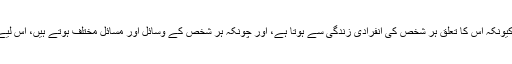
اس طرح کے سوالات کا کوئی قطعی جواب نہیں ہوتا کیونکہ اس کا تعلق ہر شخص کی انفرادی زندگی سے ہوتا ہے، اور چونکہ ہر شخص کے وسائل اور مسائل مختلف ہوتے ہیں، اس لیے ایک شخص کا حل دوسرے کے کسی کام نہیں آسکتا۔